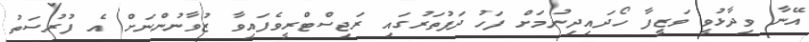
އޭނާ ވިދާޅުވީ ވަޒީފާ ހޯދައިދިނުމަށް ފަހު ދަފުތަރުގައި ރަޖިސްޓްރީވެފައިވާ ޒުވާނުންނަށް އެ ފުރުސަތު